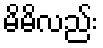
မိမိလည်း